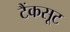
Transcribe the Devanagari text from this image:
टैंकसूट